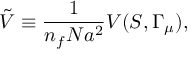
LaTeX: \tilde { V } \equiv { \frac { 1 } { n _ { f } N a ^ { 2 } } } V ( S , \Gamma _ { \mu } ) ,